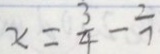
x = \frac { 3 } { 4 } - \frac { 2 } { 7 }